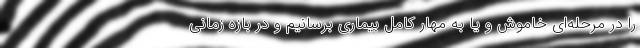
را در مرحله‌ای خاموش و یا به مهار کامل بیماری برسانیم و در بازه زمانی